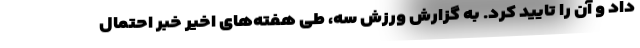
داد و آن را تایید کرد. به گزارش ورزش سه، طی هفته‌های اخیر خبر احتمال